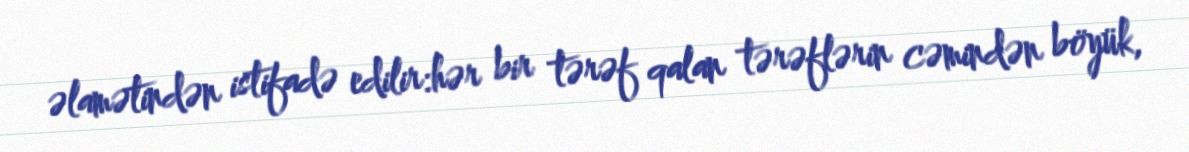
əlamətindən istifadə edilir:hər bir tərəf qalan tərəflərin cəmindən böyük,